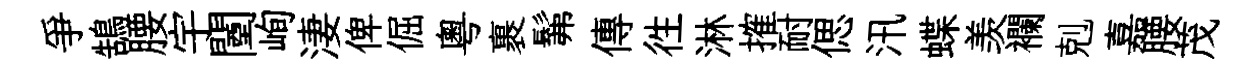
爭鵠腰宇闉峋淒俾倔粤裹髴傳徃淋搉耐偲汛蝶羡襴剋嘉腰茂